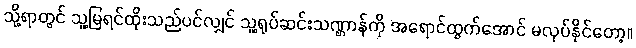
သို့ရာတွင် သူ့မြရင်ထိုးသည်ပင်လျှင် သူ့ရုပ်ဆင်းသဏ္ဌာန်ကို အရောင်ထွက်အောင် မလုပ်နိုင်တော့။